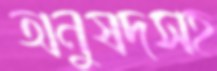
অনুষদসহ